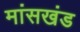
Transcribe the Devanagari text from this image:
मांसखंड